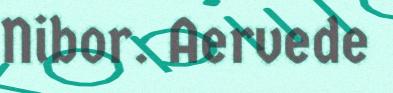
Nibor. Aervede